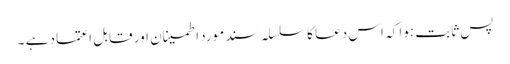
پس ثابت ہوا کہ اس دعا کا سلسلہ سند مورد اطمینان اور قابل اعتماد ہے ۔